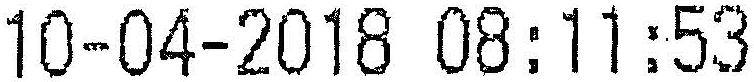
10-04-2018 08:11:53